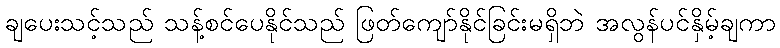
ချပေးသင့်သည် သန့်စင်ပေနိုင်သည် ဖြတ်ကျော်နိုင်ခြင်းမရှိဘဲ အလွန်ပင်နှိမ့်ချကာ